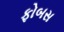
ફોબસ